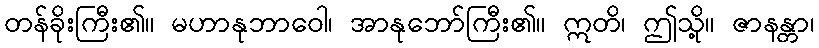
တန်ခိုးကြီး၏။ မဟာနုဘာဝေါ၊ အာနုဘော်ကြီး၏။ ဣတိ၊ ဤသို့။ ဇာနန္တာ၊